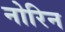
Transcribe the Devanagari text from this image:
नोरिन